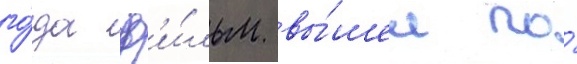
го́да ф'и́льм вы́шел по́